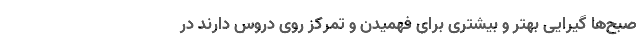
صبح‌ها گیرایی بهتر و بیشتری برای فهمیدن و تمرکز روی دروس دارند در